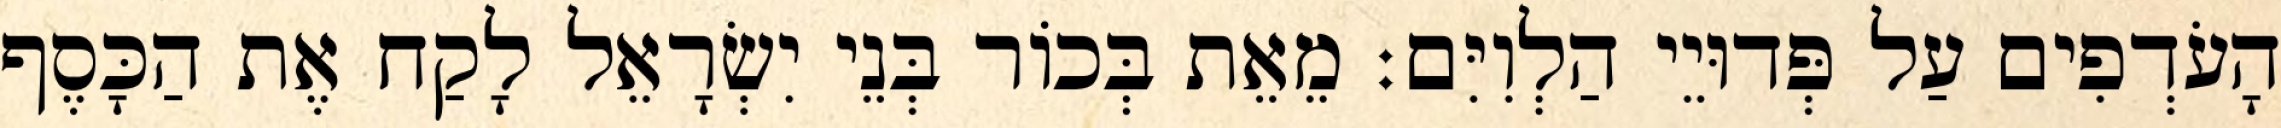
הָעֹדְפִים עַל פְּדוּיֵי הַלְוִיִּם׃ מֵאֵת בְּכוֹר בְּנֵי יִשְׂרָאֵל לָקַח אֶת הַכָּסֶף